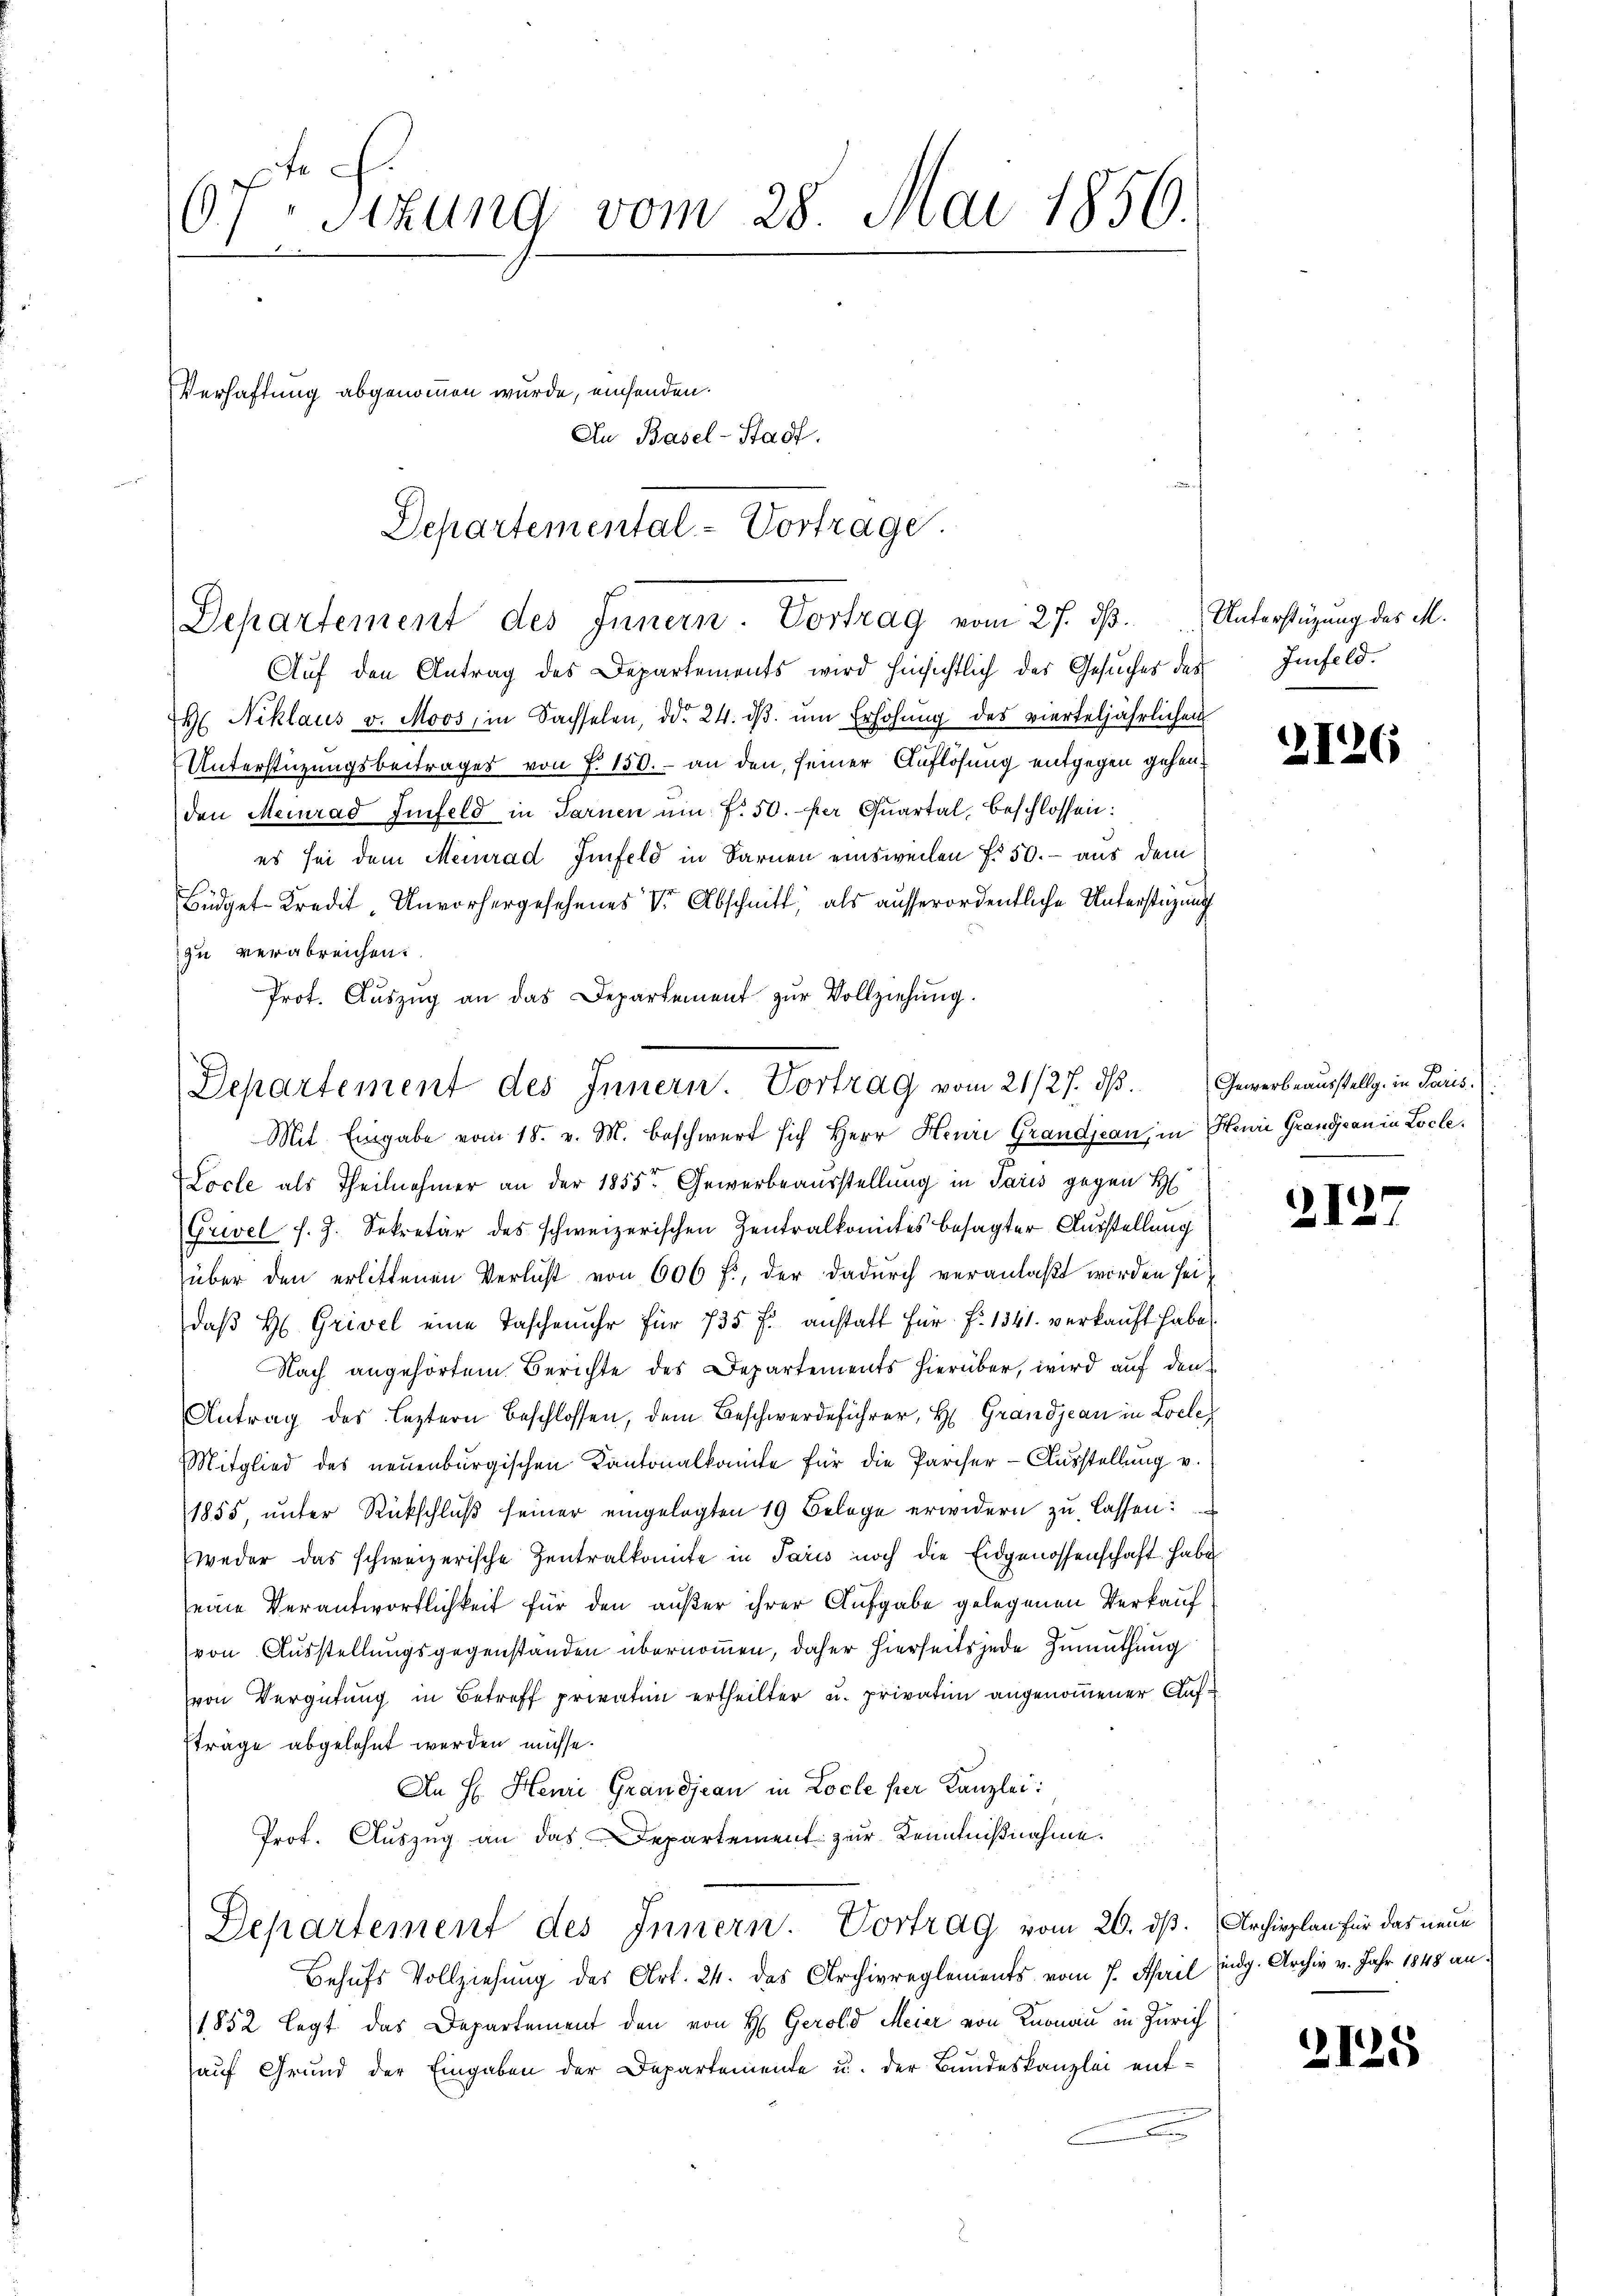
6fr. Sitzung vom 28. Mai 1850.
Verhaftung abgenommen wurde, einsenden.
An Basel-Stadt.

Departemental-Vortrage.
Departement des Innern. Vortrag vom 27. dß. Unterstüzung des M.

Auf den Antrag des Departements wird hinsichtlich des Gesuches des
 Niklaus v. Moos, in Sachselen, ddo 24. dβ ŭm Erhöhŭng des vierteljährlichen
Unterstüzungsbeitrages von S. 150.- an den, seiner Auflösung entgegen gehen.
den Meinrad Imfeld in Tarnen ŭm f. 50. per Quartal, beschlossen:
es sei dem Meinrad Gifeld in Sarnen einsweilen fr 50.- aus dem

Büdget-Kredit- Unvorhergesehenes Dr. Abschnitt, als ausserordentliche Unterstüzung
zu verabreichen.
Prot. Aŭszŭg an das Departement zŭr Vollziehung.

Departement des Innern. Vortrag vom 21/27. ds.

Mit Eingabe vom 18. v. M. beschwert sich Herr Henri Grandjean, in Heure Grandjean in Locle
Locle als Theilnehmer an der 1855 Gewerbeausstellung in Paris gegen H
(Grevel f. 9. Sekretär des schweizerischen Zentralkomites besagter Ausstellung
über den erlittenen Verlust von 606 f., der dadurch veranlaßt worden sei
daβ H. Grivel eine Taschenuhr für 735 f. anstatt für f. 1541. verkauft habe
Nach angehörtem Berichte des Departements hierüber, wird auf den
Antrag des leztern beschlossen, dem Beschwerdeführer, H. Grandjean in Loche
Mitglied des neuenburgischen Kantonalkomite für die Pariser-Ausstellung v.
1855, unter Rückschluß seiner eingelegten 19 Belege erwidern zu lassen:
weder das schweizerische Zentralkonte in Paris noch die Eidgenossenschaft habe
eine Verantwortlichkeit für den außer ihrer Aufgabe gelegenen Verkauf
von Ausstellungsgegenstanden übernommen, daher hierseits jede Zumuthung
von Vergütung in Betreff privatin ertheilter u. privatin angenommener Auf¬
Eträge abgelehnt werden müsse.
An H. Henri Grandjean in Locle per Kanzlei:
Prot. Auszug an das Departement zur Kenntnißnahme.
Departement des Innern. Vortrag vom 20. ds. Archirplan für das neue
Behufs Vollziehung des Art. 24. das Archivreglements vom 7. April eidg. Archiv v. Jahr 1848 an
1852 legt das Departement den von H. Gerold Meier von Knonau in Zürich
auf Grund der Eingaben der Departemente u. der Bundeskanzlei entd

Imfeld.

2126

Gewerbeausstellg. in Paris

2)

.

5